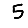
Digit: 5